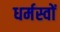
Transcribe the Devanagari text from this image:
धर्मस्वों